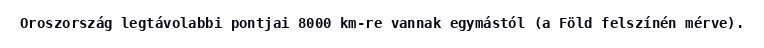
Oroszország legtávolabbi pontjai 8000 km-re vannak egymástól (a Föld felszínén mérve).